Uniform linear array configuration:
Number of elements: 8
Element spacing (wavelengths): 0.75
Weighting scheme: blackman
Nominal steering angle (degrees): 15
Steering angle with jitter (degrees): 14.841
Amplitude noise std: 0.05
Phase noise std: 0.05

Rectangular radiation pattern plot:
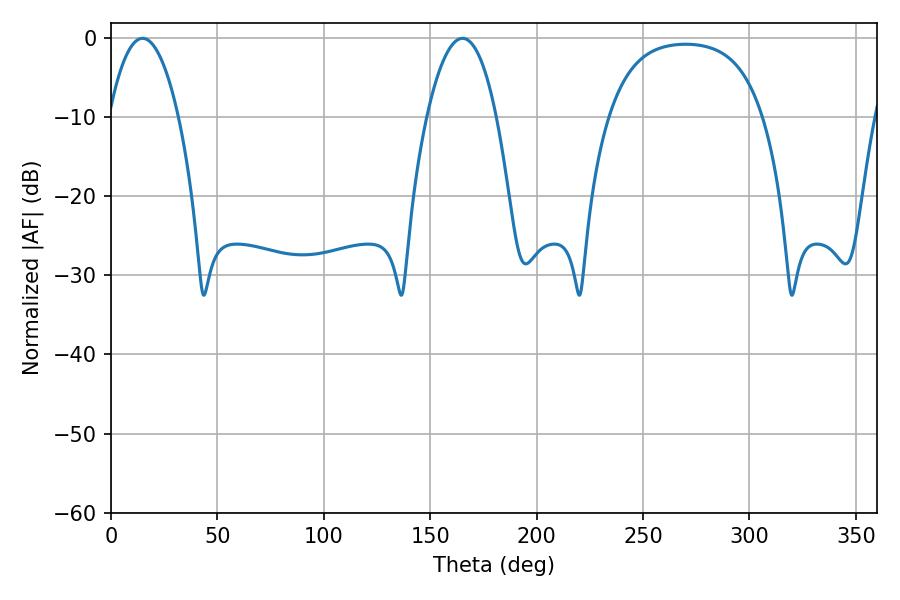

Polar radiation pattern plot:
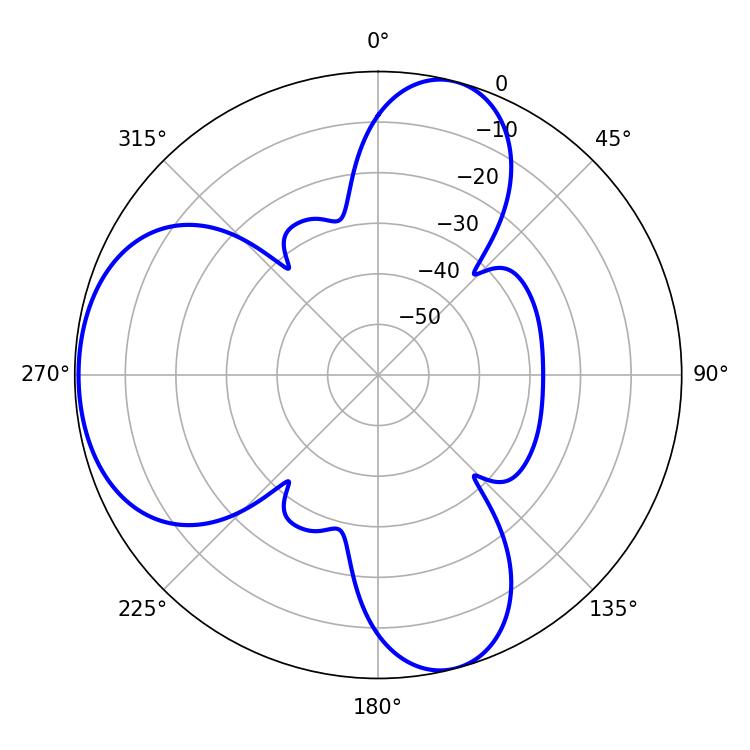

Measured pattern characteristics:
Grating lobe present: TRUE
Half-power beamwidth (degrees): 18.18
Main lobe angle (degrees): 14.76